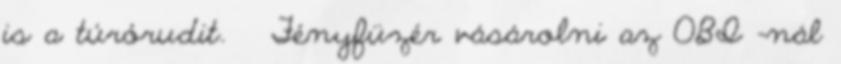
is a túrórudit. 🙂 Fényfüzér vásárolni az OBI -nál